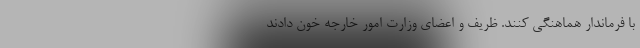
با فرماندار هماهنگی کنند. ظریف و اعضای وزارت امور خارجه خون دادند